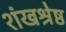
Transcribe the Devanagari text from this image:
शंखश्रेष्ठ